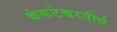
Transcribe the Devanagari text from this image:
कंकटेश्वरतीर्थ